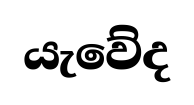
යැවේද